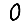
Digit: 0